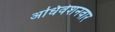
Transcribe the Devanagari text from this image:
अधिवेशनवार